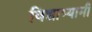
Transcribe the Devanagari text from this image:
विद्याभ्यामी